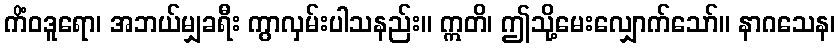
ကိံဝဒူရော၊ အဘယ်မျှခရီး ကွာလှမ်းပါသနည်း။ ဣတိ၊ ဤသို့မေးလျှောက်သော်။ နာဂသေန၊